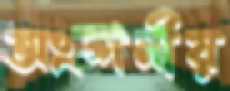
অংশনীয়